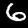
Digit: 6